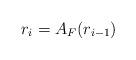
LaTeX: \begin{align*}r_{i}=A_F(r_{i-1})\end{align*}